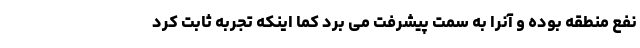
نفع منطقه بوده و آنرا به سمت پیشرفت می برد کما اینکه تجربه ثابت کرد